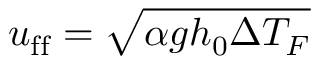
u _ { \mathrm { f f } } = \sqrt { \alpha g h _ { 0 } \Delta T _ { F } }